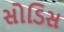
સોડિસ